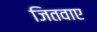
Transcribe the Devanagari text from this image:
जितवाए